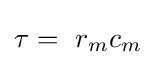
\tau =\ r_{m}c_{m}